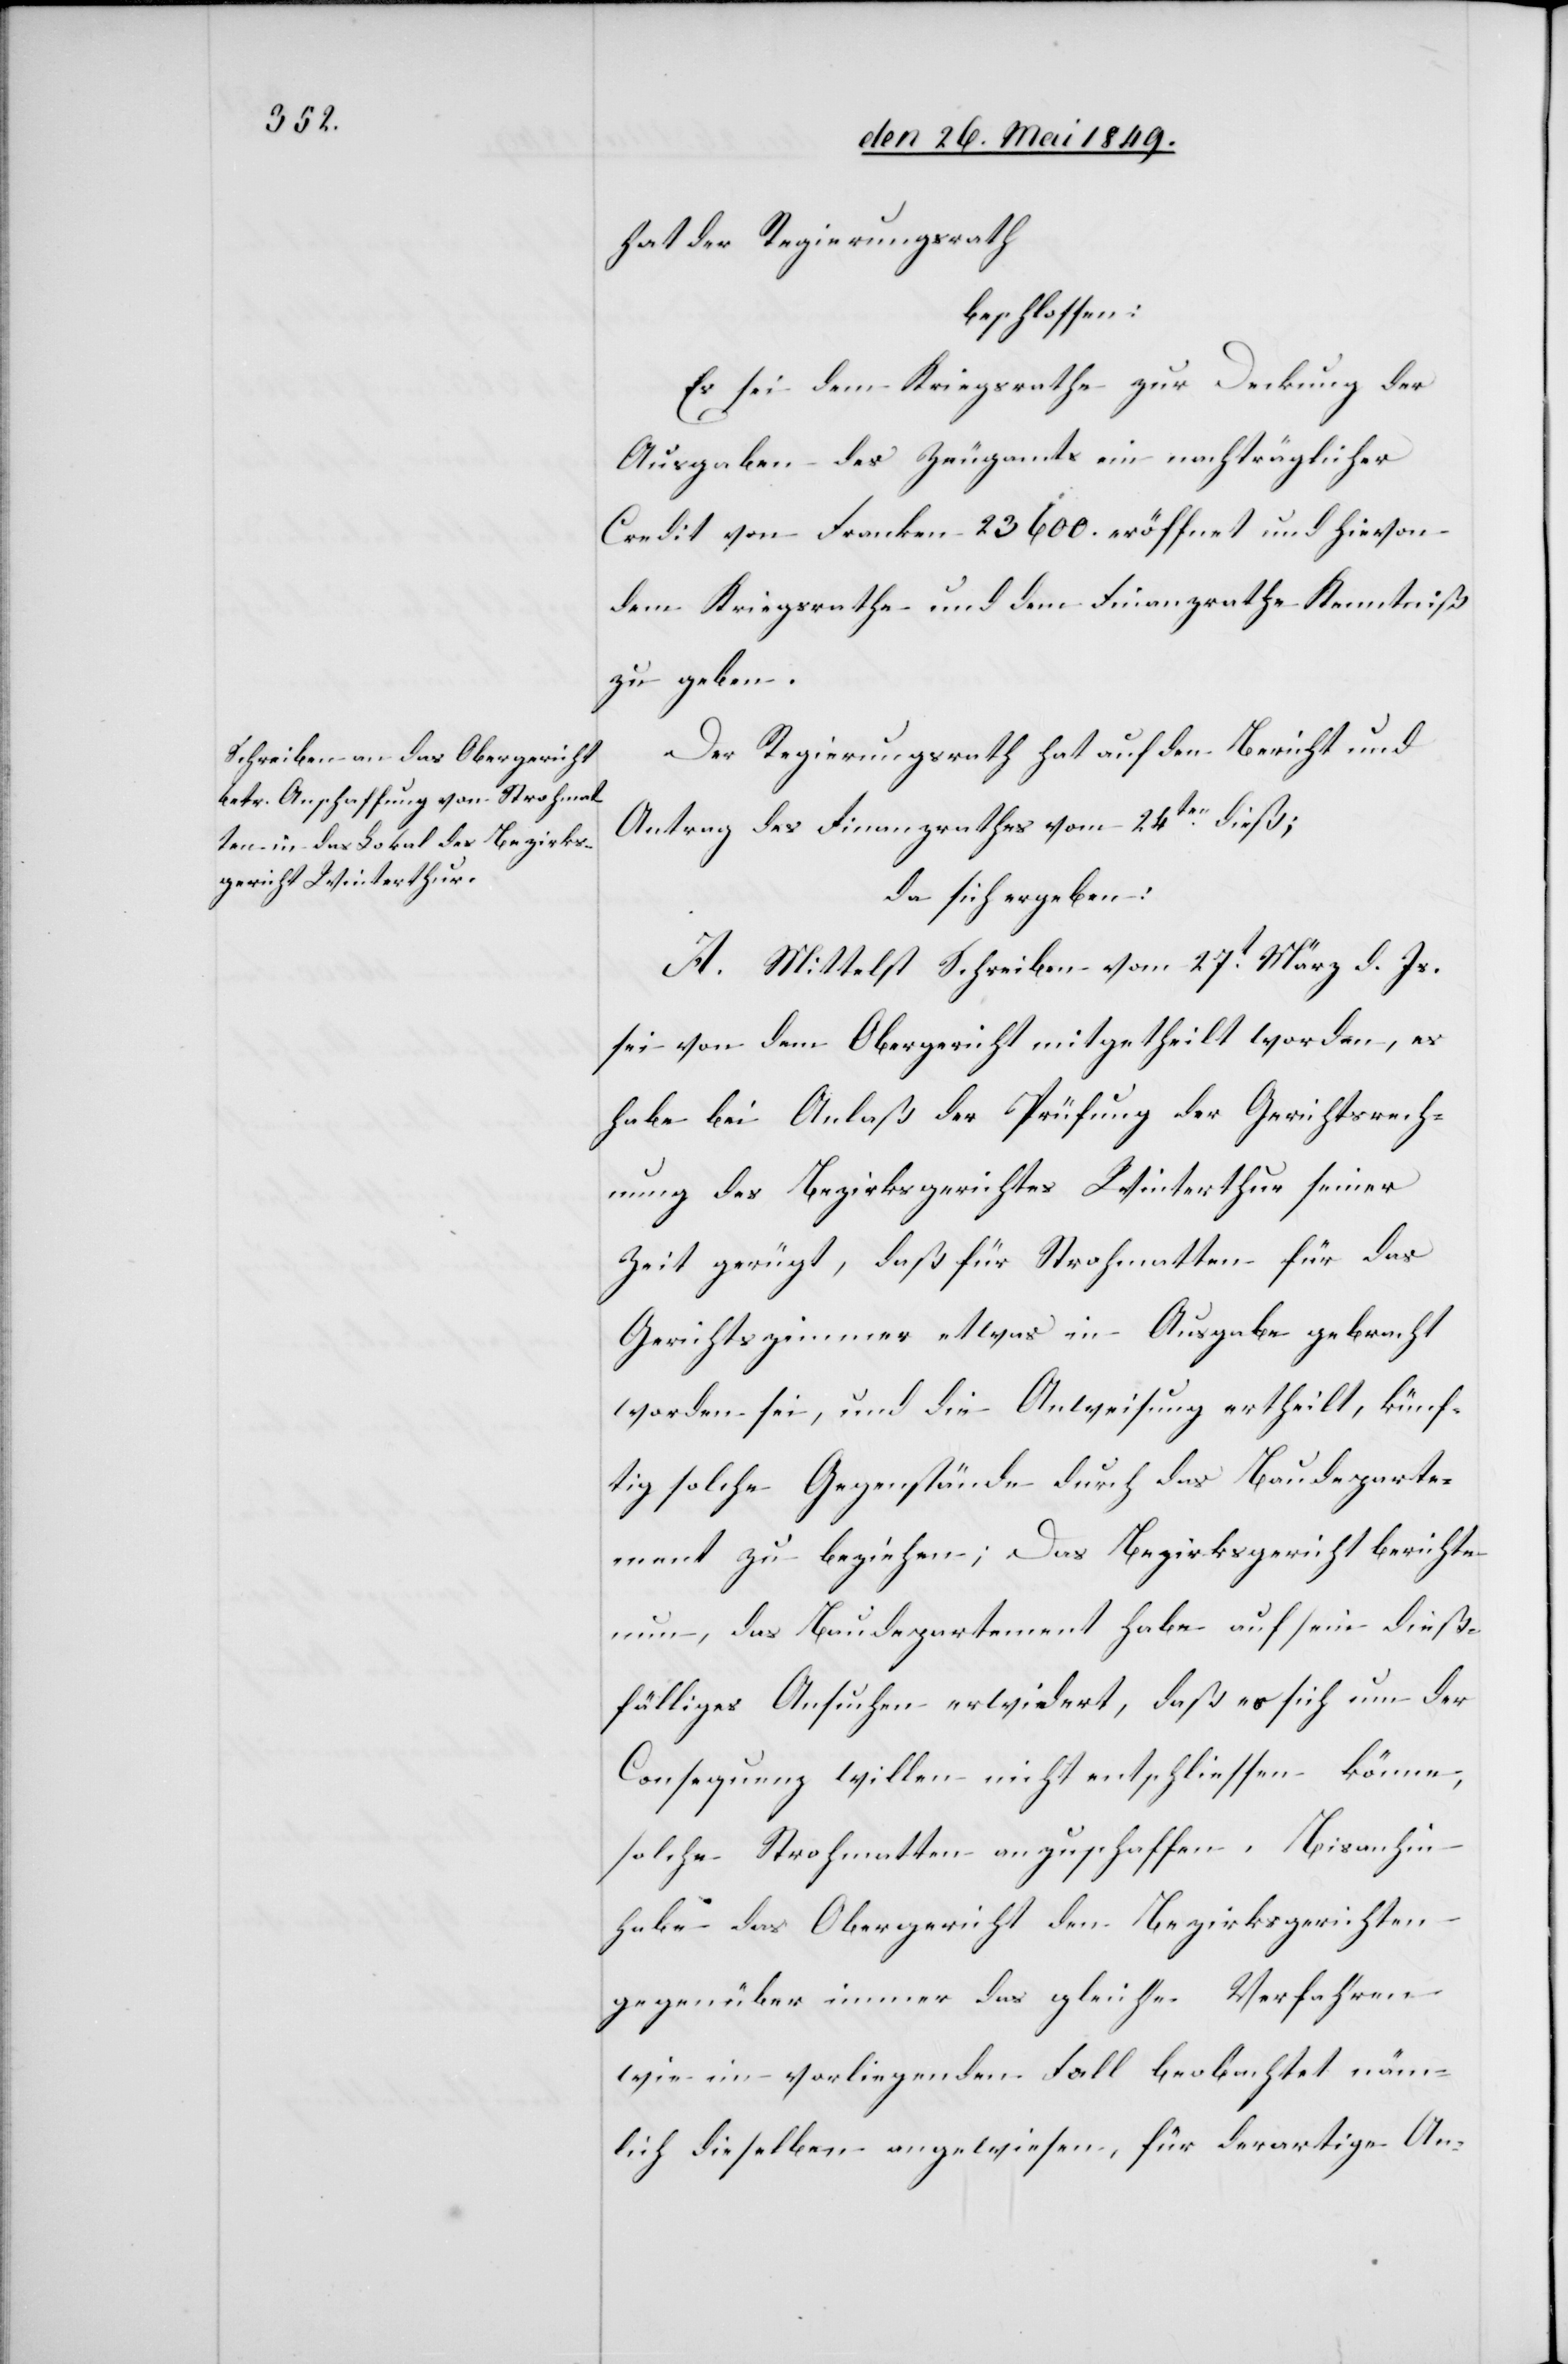
hat der Regierungsrath
beschlossen:
Es sei dem Kriegsrathe zur Deckung der
Ausgaben des Zeugamts ein nachträglicher
Credit von Franken 23 600. eröffnet und hievon
dem Kriegsrathe und dem Finanzrathe Kenntniß
zu geben.
Der Regierungsrath hat auf den Bericht und
Antrag des Finanzrathes vom 24ten dieß;
da sich ergeben:
A. Mittelst Schreiben vom 27t März d. Js.
sei von dem Obergericht mitgetheilt worden, es
habe bei Anlaß der Prüfung der Gerichtsrech¬
nung des Bezirksgerichtes Winterthur seiner
Zeit gerügt, daß für Strohmatten für das
Gerichtszimmer etwas in Ausgabe gebracht
worden sei, und die Anweisung ertheilt, künf¬
tig solche Gegenstände durch das Baudeparte¬
ment zu beziehen; Das Bezirksgericht berichte
nun, das Baudepartement habe auf sein dieß¬
fälliges Ansuchen erwidert, daß es sich um der
Consequenz willen nicht entschliessen könne,
solche Strohmatten anzuschaffen. Bisanhin
habe das Obergericht den Bezirksgerichten
gegenüber immer das gleiche Verfahren
wie ein vorliegenden Fall beobachtet näm¬
lich dieselben angewiesen, für derartige An-